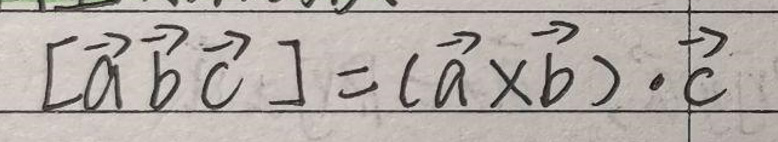
$[ \vec { a } \vec { b } \vec { c } ] = ( \vec { a } \times \vec { b } ) \cdot \vec { c }$